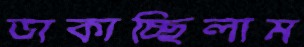
ডাকাচ্ছিলাম